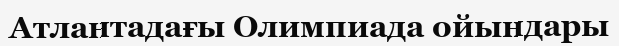
Атлантадағы Олимпиада ойындары